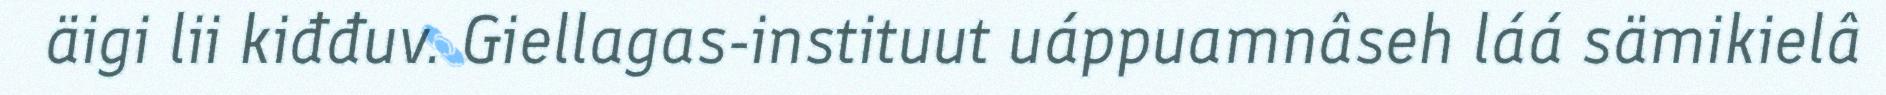
äigi lii kiđđuv. Giellagas-instituut uáppuamnâseh láá sämikielâ